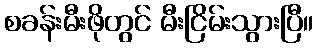
စခန်းမီးဖိုတွင် မီးငြိမ်းသွားပြီ။